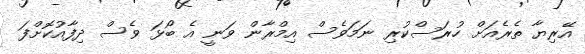
އޭރިޔާ ތެރެއަށް ހުރަސްކުރި ނަމަވެސް އިމްރާން ވަނީ އެ ބޯޅަ ވެސް ދިފާއުކޮށްފަ